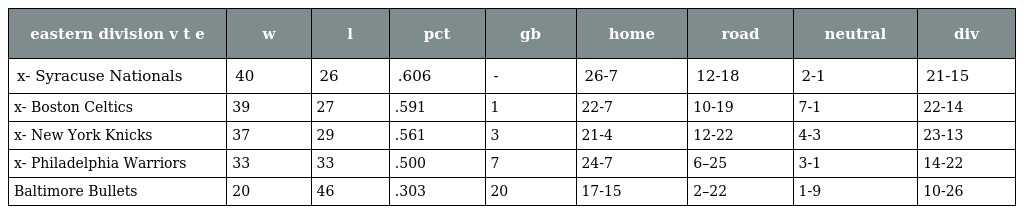
| eastern division v t e | w | l | pct | gb | home | road | neutral | div |
 | --- | --- | --- | --- | --- | --- | --- | --- | --- |
 | x- Syracuse Nationals | 40 | 26 | .606 | - | 26-7 | 12-18 | 2-1 | 21-15 |
 | x- Boston Celtics | 39 | 27 | .591 | 1 | 22-7 | 10-19 | 7-1 | 22-14 |
 | x- New York Knicks | 37 | 29 | .561 | 3 | 21-4 | 12-22 | 4-3 | 23-13 |
 | x- Philadelphia Warriors | 33 | 33 | .500 | 7 | 24-7 | 6–25 | 3-1 | 14-22 |
 | Baltimore Bullets | 20 | 46 | .303 | 20 | 17-15 | 2–22 | 1-9 | 10-26 |